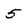
Character: 5